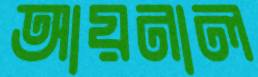
আয়নাল